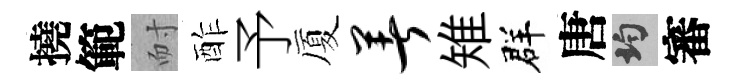
撓範耐酢予厦著雉群唐均審